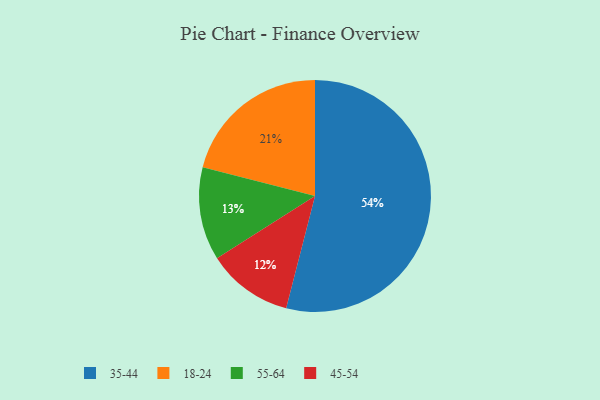
{"axis": {"x": "Category", "y": "Percentage"}, "legend": ["18-24", "35-44", "45-54", "55-64"], "data": [{"x": "45-54", "y": 12, "type": "45-54"}, {"x": "18-24", "y": 21, "type": "18-24"}, {"x": "35-44", "y": 54, "type": "35-44"}, {"x": "55-64", "y": 13, "type": "55-64"}]}